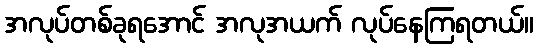
အလုပ်တစ်ခုရအောင် အလုအယက် လုပ်နေကြရတယ်။